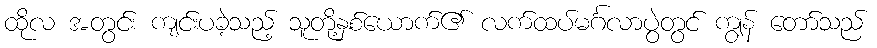
ထိုလ အတွင်း ကျင်းပခဲ့သည့် သူတို့နှစ်ယောက်၏ လက်ထပ်မင်္ဂလာပွဲတွင် ကျွန် တော်သည်